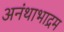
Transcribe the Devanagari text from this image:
अनंथाभाद्रम